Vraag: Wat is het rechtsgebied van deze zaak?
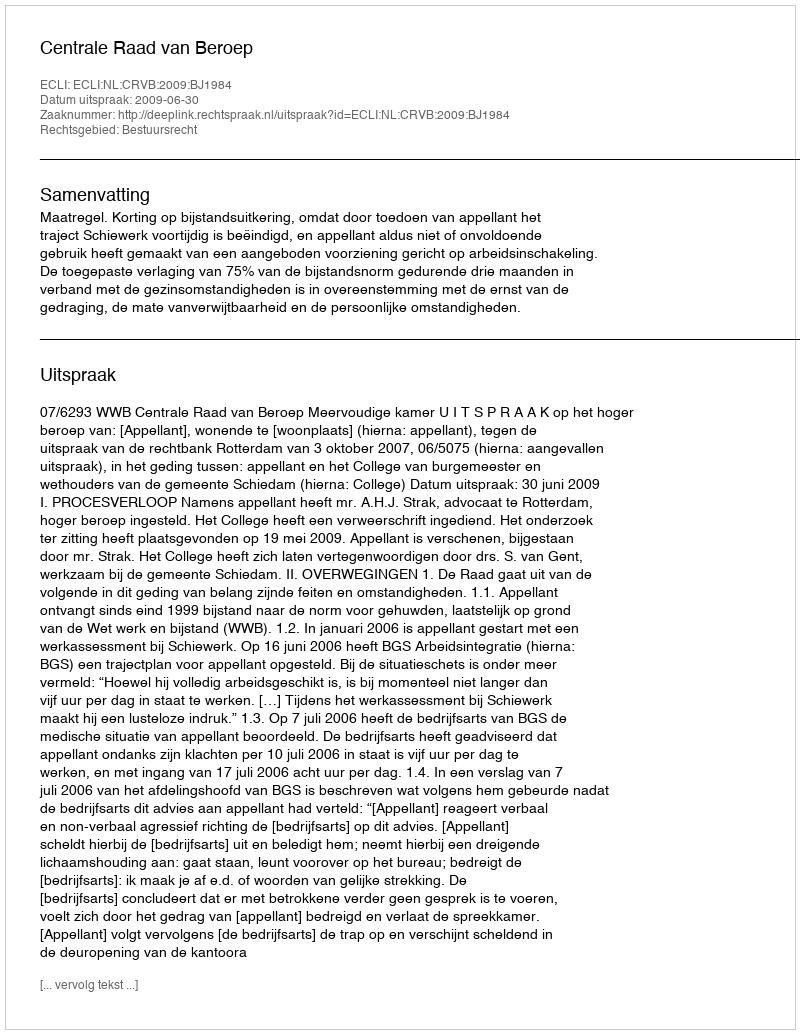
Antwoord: Bestuursrecht